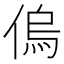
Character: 𠌥